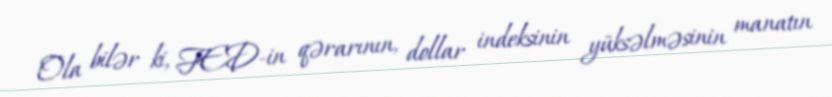
Ola bilər ki, FED-in qərarının, dollar indeksinin yüksəlməsinin manatın